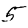
Digit: 5